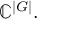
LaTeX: \mathbb { C } ^ { | G | } .